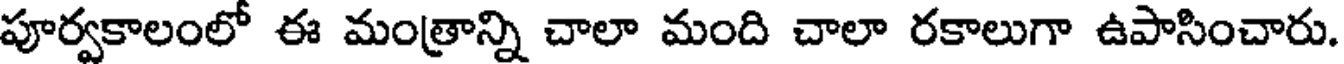
పూర్వకాలంలో ఈ మంత్రాన్ని చాలా మంది చాలా రకాలుగా ఉపాసించారు.